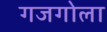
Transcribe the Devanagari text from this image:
गजगोला